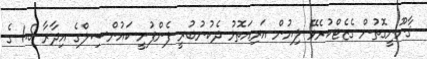
ޤާނޫނީގޮތުން ގެޒެޓްކުރެވޭ ލިޔުން އަރިއަތޮޅު ދެކުނުބުރީ ފެންފުށީ ކައުންސިލްގެ އިދާރާ 1.5 ގެ